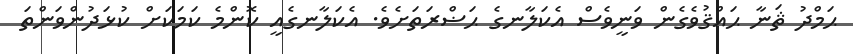
ޙަމްދު ޘަނާ ޙައްޤުވެގެން ވަނީވެސް އެކަލާނގެ ޙަޟްރަތަށެވެ. އެކަލާނގެއީ ކޮންމެ ކަމަކަށް ކުޅަދުންވަންތަ